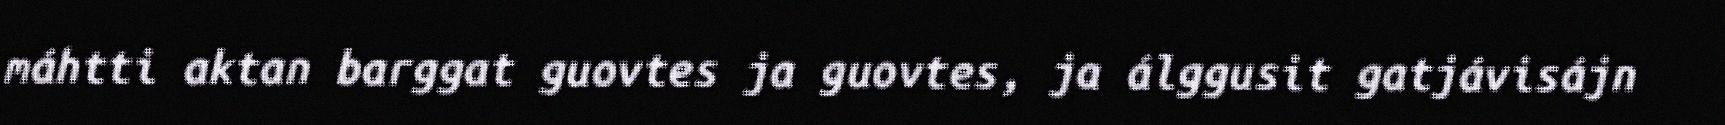
máhtti aktan barggat guovtes ja guovtes, ja álggusit gatjávisájn